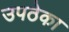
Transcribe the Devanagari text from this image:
उपठेका